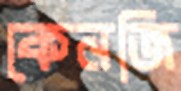
কেনজি